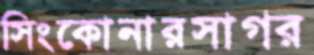
সিংকোনারসাগর